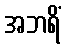
အဘရိံ